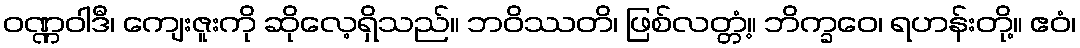
ဝဏ္ဏဝါဒီ၊ ကျေးဇူးကို ဆိုလေ့ရှိသည်။ ဘဝိဿတိ၊ ဖြစ်လတ္တံ့။ ဘိက္ခဝေ၊ ရဟန်းတို့။ ဧဝံ၊